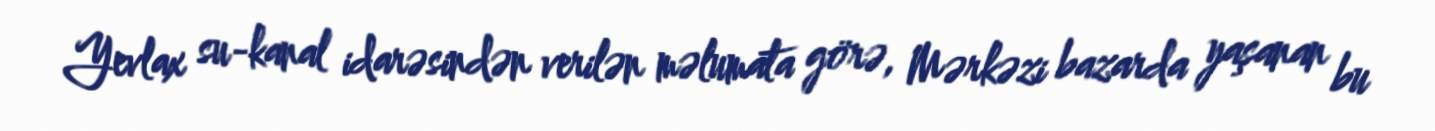
Yevlax su-kanal idarəsindən verilən məlumata görə, Mərkəzi bazarda yaşanan bu